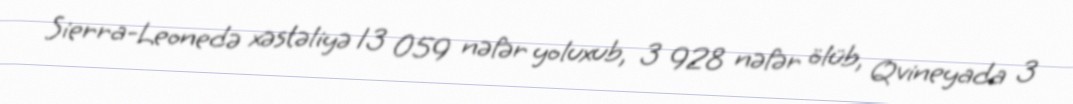
Sierra-Leonedə xəstəliyə 13 059 nəfər yoluxub, 3 928 nəfər ölüb, Qvineyada 3